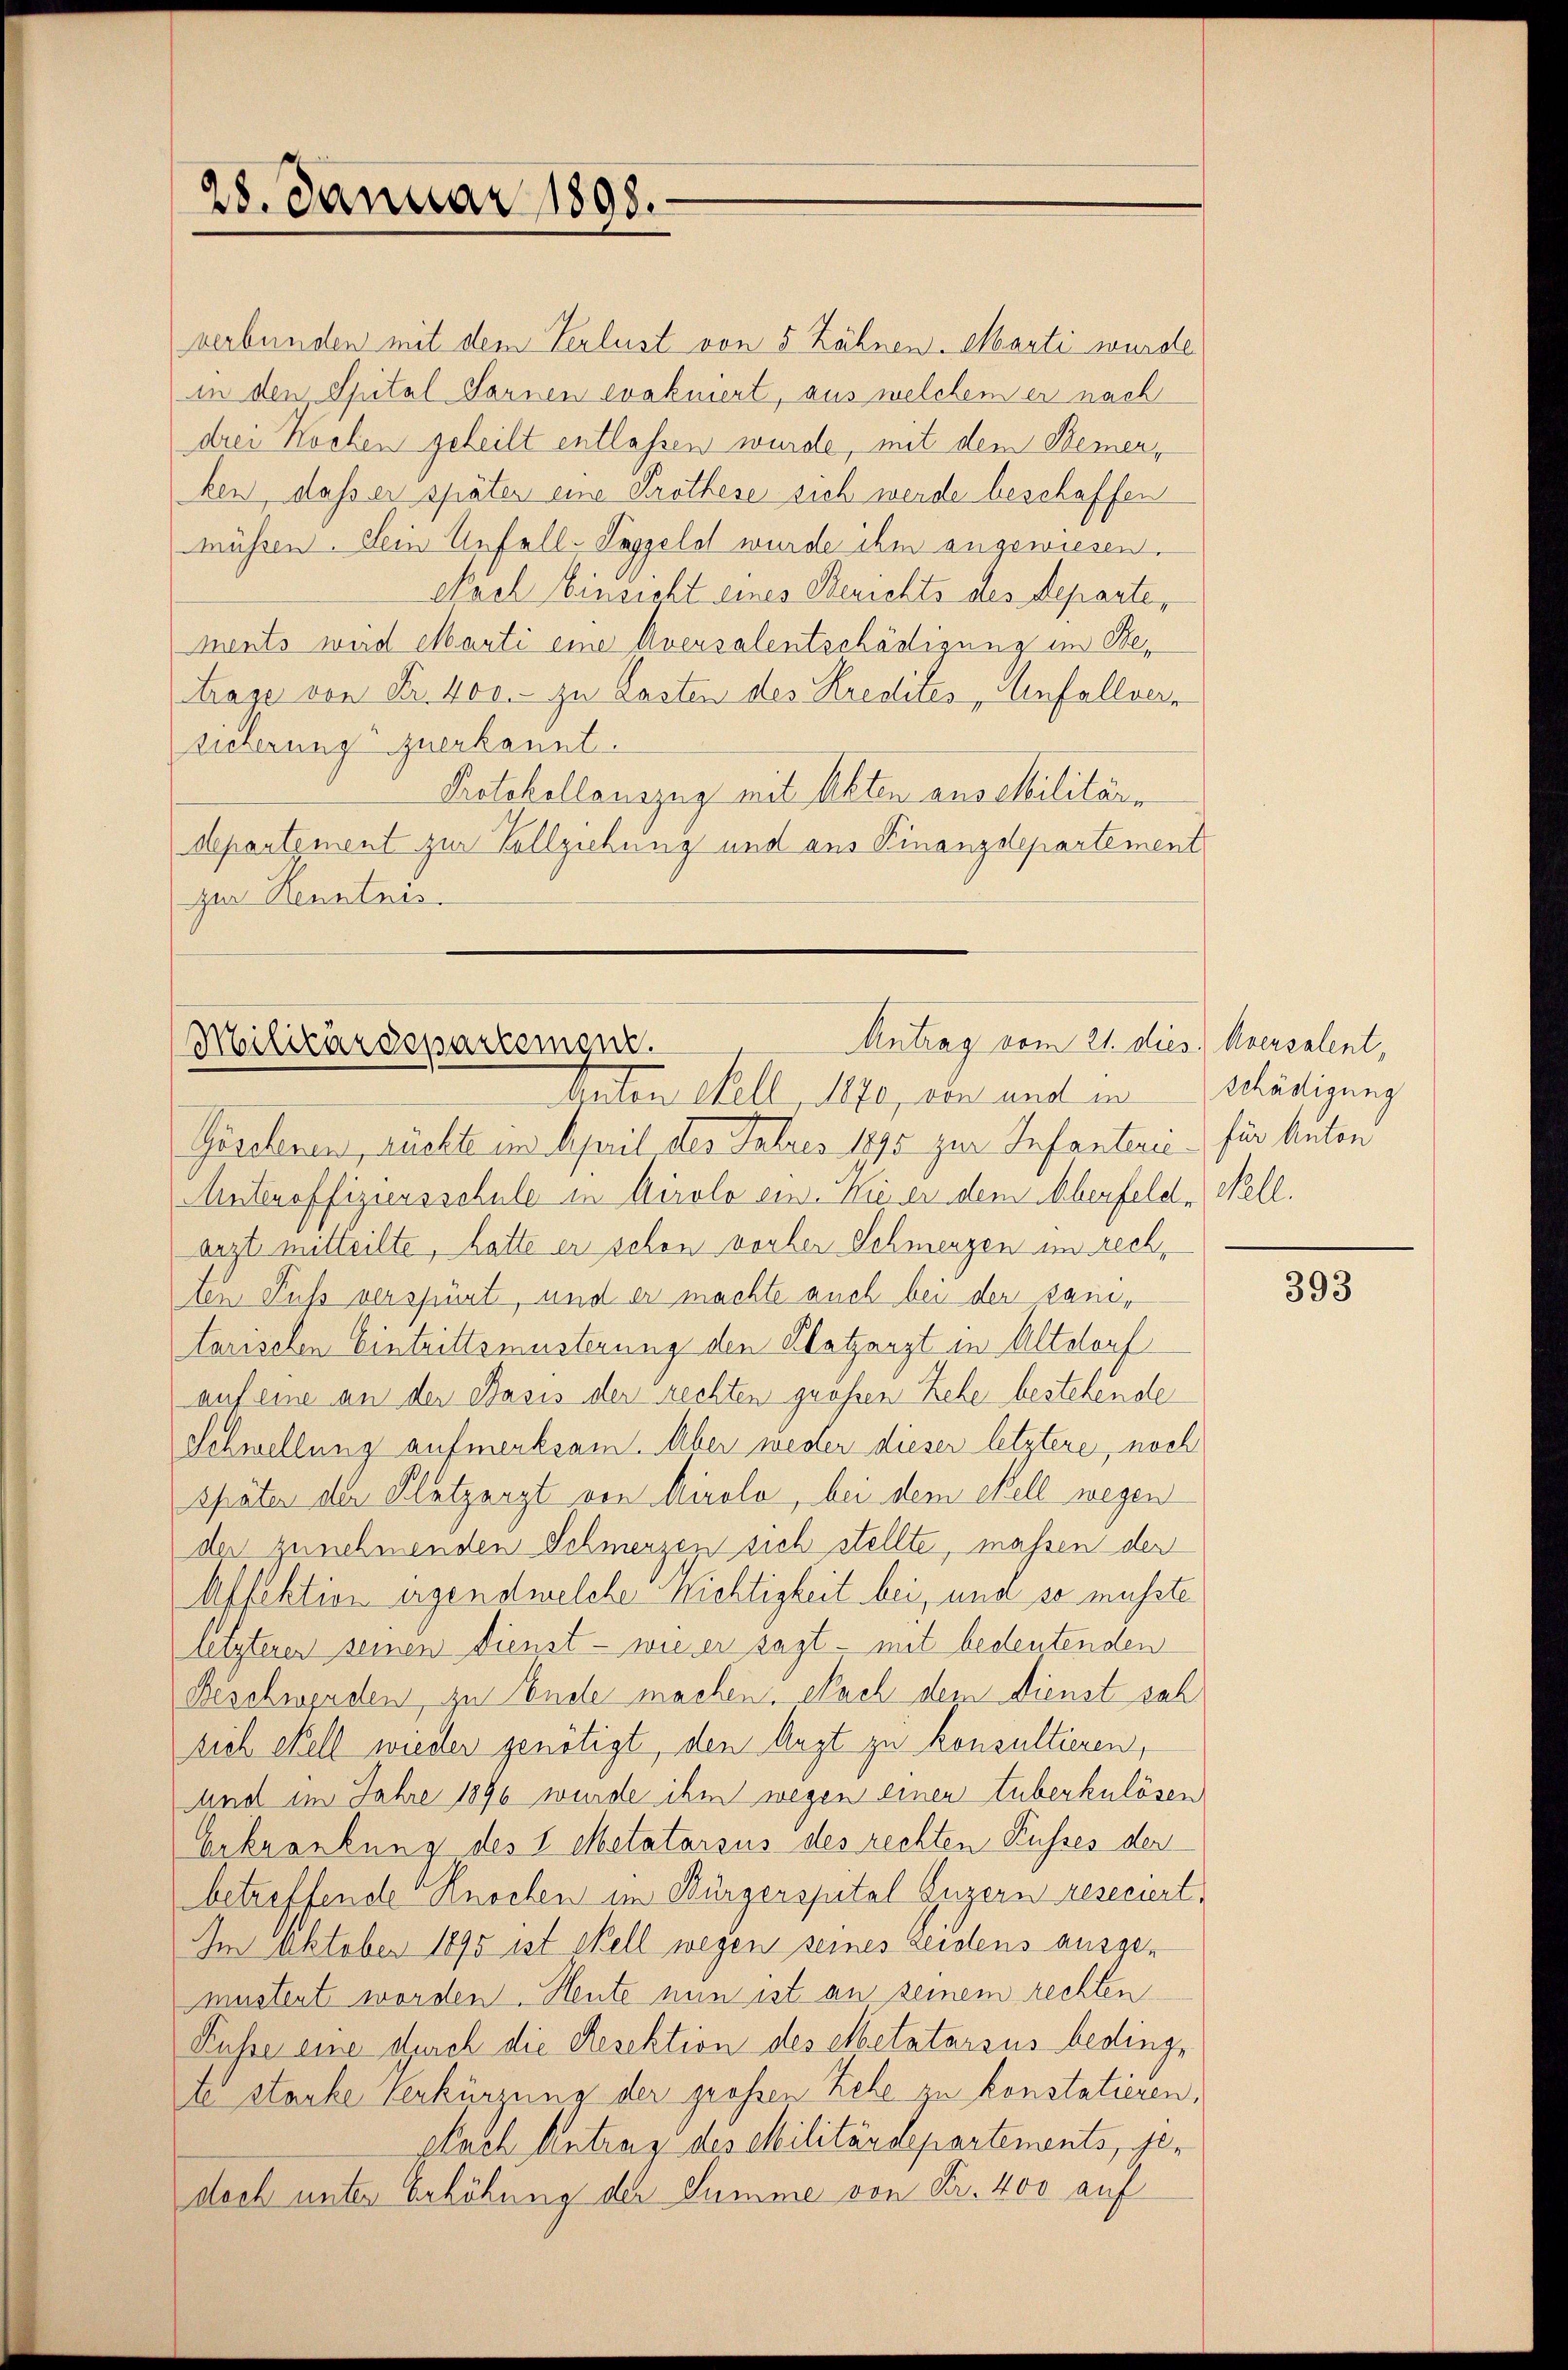
28. Januar 1898.

verbunden mit dem Verlust von 5 Zähnen. Marti wurde
in den Spital Sarnen evakuiert, aus welchem er nach
drei Kochen geheilt entlassen wurde, mit dem Bemerken, dass er später eine Krothese sich werde beschaffen
müssen. Dein Unfall-Sappelst wurde ihm angewiesen.
eiach Einsicht eines Berichts des Departe,
ments wird Marti eine Aversalentschädigung im Betrage von Fr. 400.- zu Lasten des Kredites Unfall(...)¬
sicherung zuerkannt.
Protokollauszug mit Akten aus Militäre
Mpartement zur Vollziehung und aus Kinanzdepartement
zur Renntnis.

Antrag vom 21. dies Aversalent,
Militärdepartenger.
Arten Stell 1840, von und in Schädigung

Geretenen, rückte im April der Fahres 1895 zur Infanteri für Anton
Anteroffiziersschule in Airolo ein. Wie er dem Überfeld. Nell.
arzt mitteilte, hatte er schon vorher Schmerzen im rechten Fuß verspürt, und er machte auch bei der Dauer
tarischen Eintrittsmusterung den Platzarzt in Altdorf
auf eine an der Basis der rechten grossen Zehe bestehende
Schwellung aufmerksam. Aber weder dieser letztere, noch
später der Platzarzt von Airolo, bei dem Sell wegen
der zunehmenden Schmerzen sich stellte, massen der
Affektion irgendwelche nichtigkeit bei, und so musste
letzterer seinen Dienst - wie er sagt - mit bedeutenden
Beschwerden, zu Ende machen. Nach dem Dienst sah
sich Kell wieder genötigt, den Augt zu konsultieren,
Und im Jahre 1890 wurde ihm wegen einen Tuberkulösen
Erkrankung des 1 Metatarsus des rechten Kusses der
betreffende Knochen im Bürgerspital Guzern resecirt,
Im Oktober 1895 ist Stell wegen seines Leidens ausgemustent worden. Heute nun ist an seinem rechten
Füsse eine durch die Resektion des Metztarsus bedingte starke Verkürzung der großen Zehe zu konstatieren,
Nach Antrag des Militärdepartements, gestoch unter Erhöhung der Summe von Fr. 400 auf

393